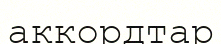
аккордтар